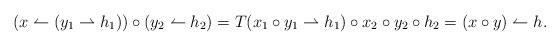
LaTeX: \begin{align*}(x\leftharpoonup (y_1\rightharpoonup h_1))\circ (y_2\leftharpoonup h_2) &=T(x_1\circ y_1\rightharpoonup h_1)\circ x_2\circ y_2\circ h_2=(x\circ y)\leftharpoonup h. \end{align*}